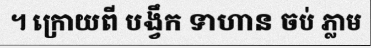
។ ក្រោយពី បង្វឹក ទាហាន ចប់ ភ្លាម